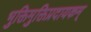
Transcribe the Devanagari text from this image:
भुक्तिमुक्तिप्रदायकम्